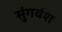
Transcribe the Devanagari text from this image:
सुंगवंश